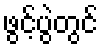
ဖွင့်ပွဲတွင်